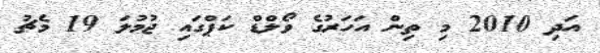
އަދި 2010 މި ތިން އަހަރުގެ ވޯލްޑް ކަޕްގައި ޖުމުލަ 19 މެޗު